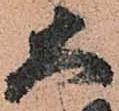
大